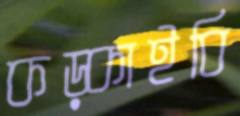
কড়্‌কাইবি